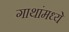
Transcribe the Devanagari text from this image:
गाथांमध्ये